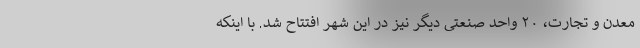
معدن و تجارت، ۲۰ واحد صنعتی دیگر نیز در این شهر افتتاح شد. با اینکه